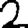
Digit: 2